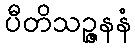
ပီတိသဉ္ဇနနံ